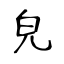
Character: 皃